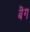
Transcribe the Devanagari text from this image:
बॆग